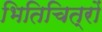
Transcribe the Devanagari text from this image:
भितिचित्रों